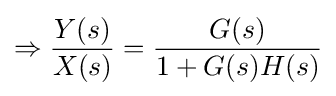
\Rightarrow {\dfrac {Y(s)}{X(s)}}={\dfrac {G(s)}{1+G(s)H(s)}}